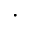
\cdot